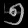
Digit: ၅